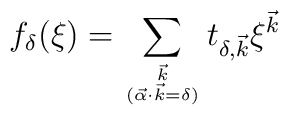
f_{\delta}(\xi) = \sum_{{\vec{k}} \atop {(\vec{\alpha} \cdot \vec{k} =\delta)}} t_{\delta, \vec{k}} \xi^{\vec{k}}